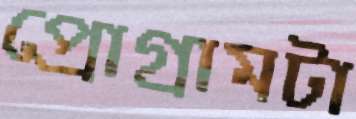
প্রোগ্রামটা